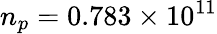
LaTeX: n_{p}=0.783\times 10^{11}